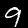
Digit: 9